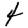
Digit: 4